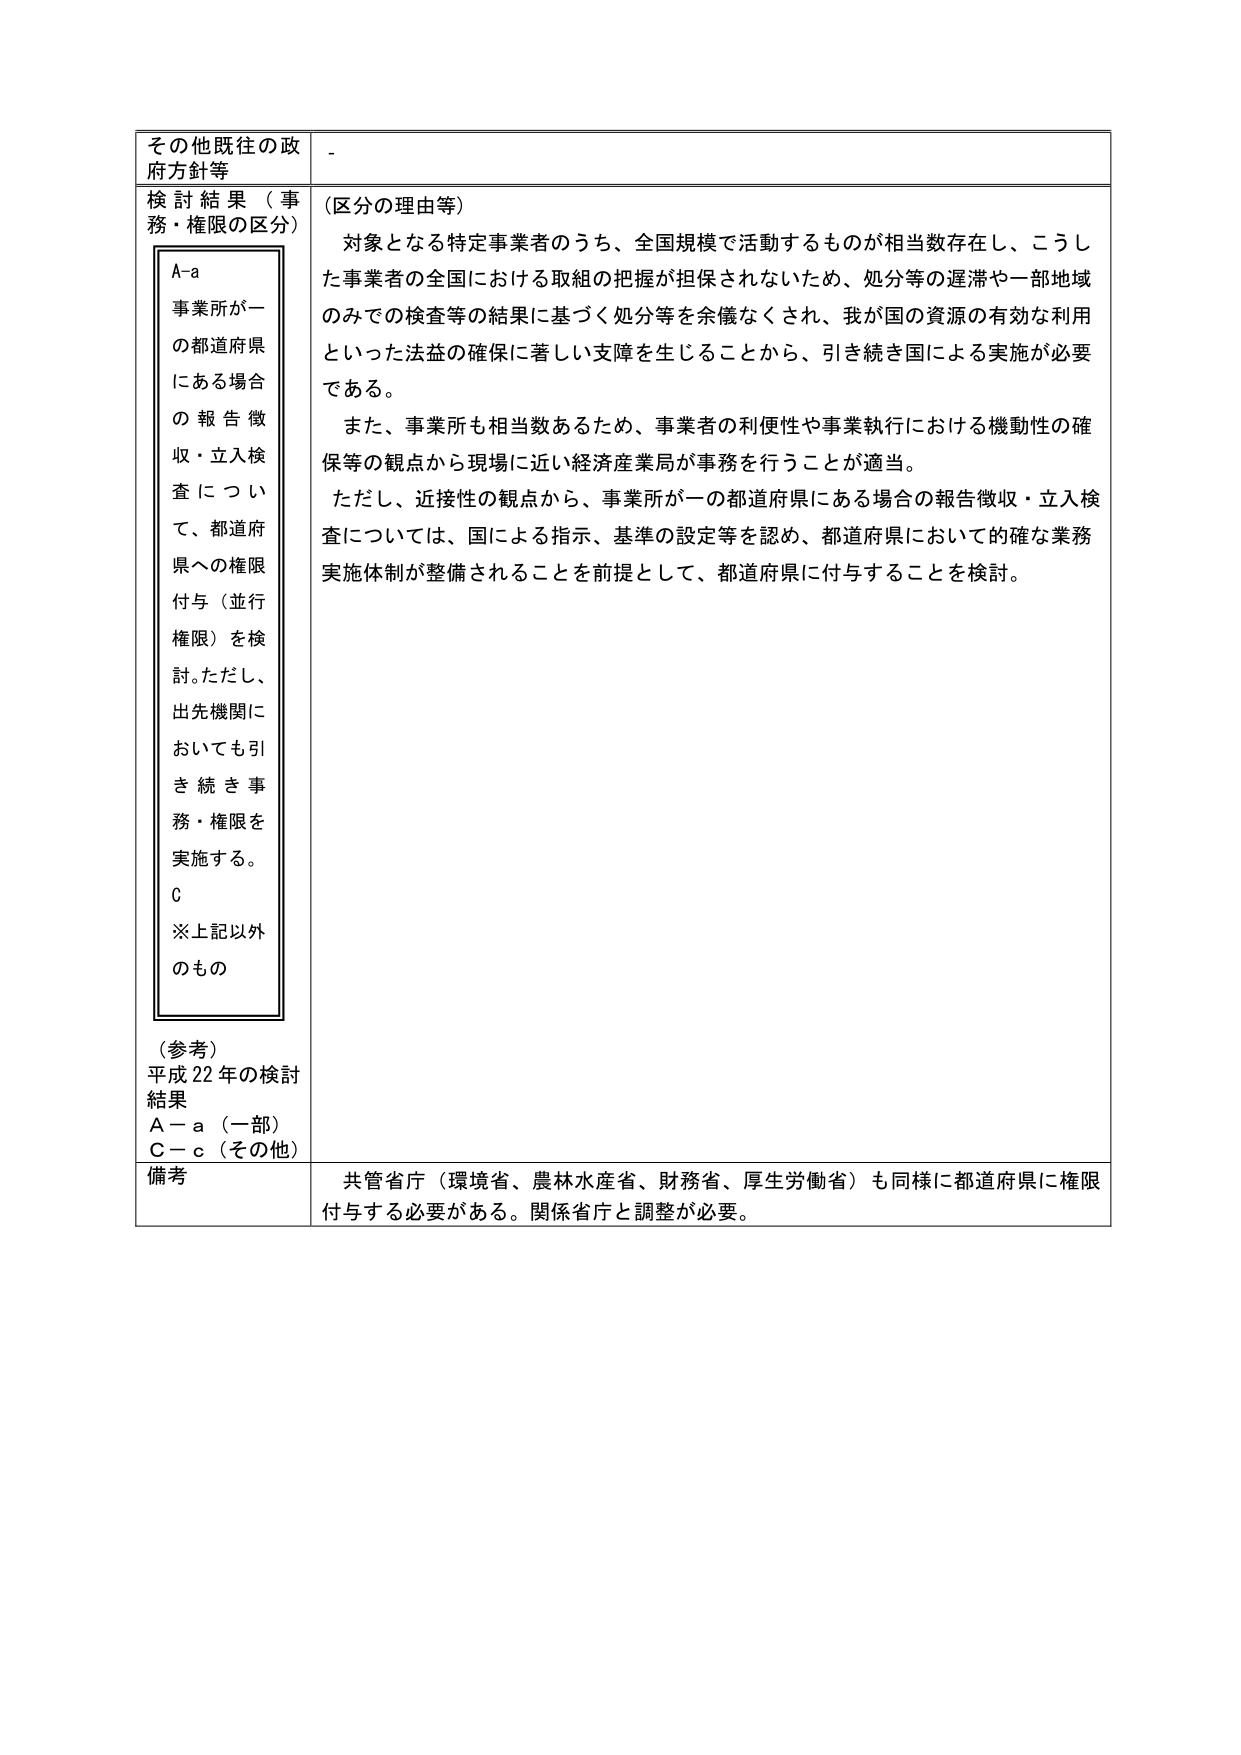
その他既往の政府方針等
-
検討結果（事務・権限の区分）
（区分の理由等）
A-a
事業所が一の都道府県にある場合の報告徴収・立入検査について、都道府県への権限付与（並行権限）を検討。ただし、出先機関においても引き続き事務・権限を実施する。
C
※上記以外のもの
対象となる特定事業者のうち、全国規模で活動するものが相当数存在し、こうした事業者の全国における取組の把握が担保されないため、処分等の遅滞や一部地域のみでの検査等の結果に基づく処分等を余儀なくされ、我が国の資源の有効な利用といった法益の確保に著しい支障を生じることから、引き続き国による実施が必要である。
また、事業所も相当数あるため、事業者の利便性や事業執行における機動性の確保等の観点から現場に近い経済産業局が事務を行うことが適当。
ただし、近接性の観点から、事業所が一の都道府県にある場合の報告徴収・立入検査については、国による指示、基準の設定等を認め、都道府県において的確な業務実施体制が整備されることを前提として、都道府県に付与することを検討。
（参考）
平成22年の検討結果
A－a（一部）
C－c（その他）
備考
共管省庁（環境省、農林水産省、財務省、厚生労働省）も同様に都道府県に権限付与する必要がある。関係省庁と調整が必要。